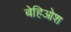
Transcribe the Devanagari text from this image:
बेहिओश